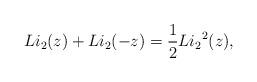
LaTeX: \begin{align*} Li_2(z) + Li_2(-z)= \frac{1}{2} {Li_2}^2(z),\end{align*}